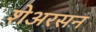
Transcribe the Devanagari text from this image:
शेअरसन